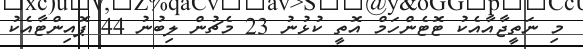
މި ނަތީޖާއާއެކު ޓޮޓެންހަމް އޮތީ ކުޅުނު 23 މެޗުން ލިބުނު 44 ޕޮއިންޓާއެކު